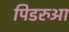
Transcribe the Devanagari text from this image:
पिडरुआ